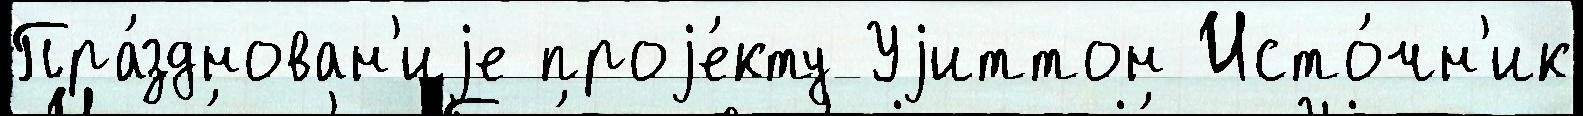
Пра́зднован'иjе проjе́кту Уjиттон Исто́чн'ик